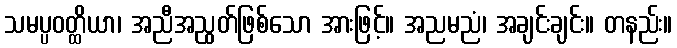
သမပ္ပဝတ္ထိယာ၊ အညီအညွတ်ဖြစ်သော အားဖြင့်။ အညမညံ၊ အချင်းချင်း။ တနည်း။